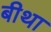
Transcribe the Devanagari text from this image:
बीथा